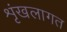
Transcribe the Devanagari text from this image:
शृंखलागत